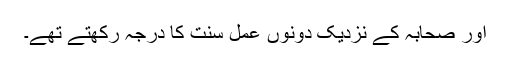
اور صحابہ کے نزدیک دونوں عمل سنت کا درجہ رکھتے تھے۔